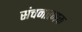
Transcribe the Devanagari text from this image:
संचनात्‍मक